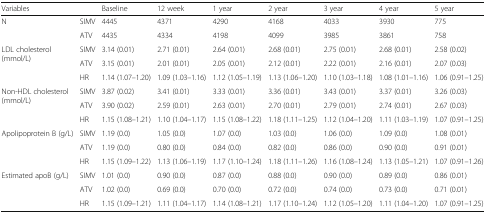
<table><thead><tr><td><b>Variables</b></td><td></td><td><b>Baseline</b></td><td><b>12 week</b></td><td><b>1 year</b></td><td><b>2 year</b></td><td><b>3 year</b></td><td><b>4 year</b></td><td><b>5 year</b></td></tr></thead><tbody><tr><td rowspan="2">N</td><td>SIMV</td><td>4445</td><td>4371</td><td>4290</td><td>4168</td><td>4033</td><td>3930</td><td>775</td></tr><tr><td>ATV</td><td>4435</td><td>4334</td><td>4198</td><td>4099</td><td>3985</td><td>3861</td><td>758</td></tr><tr><td rowspan="3">LDL cholesterol (mmol/L)</td><td>SIMV</td><td>3.14 (0.01)</td><td>2.71 (0.01)</td><td>2.64 (0.01)</td><td>2.68 (0.01)</td><td>2.75 (0.01)</td><td>2.68 (0.01)</td><td>2.58 (0.02)</td></tr><tr><td>ATV</td><td>3.15 (0.01)</td><td>2.01 (0.01)</td><td>2.05 (0.01)</td><td>2.12 (0.01)</td><td>2.22 (0.01)</td><td>2.16 (0.01)</td><td>2.07 (0.03)</td></tr><tr><td>HR</td><td>1.14 (1.07–1.20)</td><td>1.09 (1.03–1.16)</td><td>1.12 (1.05–1.19)</td><td>1.13 (1.06–1.20)</td><td>1.10 (1.03–1.18)</td><td>1.08 (1.01–1.16)</td><td>1.06 (0.91–1.25)</td></tr><tr><td rowspan="3">Non-HDL cholesterol (mmol/L)</td><td>SIMV</td><td>3.87 (0.02)</td><td>3.41 (0.01)</td><td>3.33 (0.01)</td><td>3.36 (0.01)</td><td>3.43 (0.01)</td><td>3.37 (0.01)</td><td>3.26 (0.03)</td></tr><tr><td>ATV</td><td>3.90 (0.02)</td><td>2.59 (0.01)</td><td>2.63 (0.01)</td><td>2.70 (0.01)</td><td>2.79 (0.01)</td><td>2.74 (0.01)</td><td>2.67 (0.03)</td></tr><tr><td>HR</td><td>1.15 (1.08–1.21)</td><td>1.10 (1.04–1.17)</td><td>1.15 (1.08–1.22)</td><td>1.18 (1.11–1.25)</td><td>1.12 (1.04–1.20)</td><td>1.11 (1.03–1.19)</td><td>1.07 (0.91–1.25)</td></tr><tr><td rowspan="3">Apolipoprotein B (g/L)</td><td>SIMV</td><td>1.19 (0.0)</td><td>1.05 (0.0)</td><td>1.07 (0.0)</td><td>1.03 (0.0)</td><td>1.06 (0.0)</td><td>1.09 (0.0)</td><td>1.08 (0.01)</td></tr><tr><td>ATV</td><td>1.19 (0.0)</td><td>0.80 (0.0)</td><td>0.84 (0.0)</td><td>0.82 (0.0)</td><td>0.86 (0.0)</td><td>0.90 (0.0)</td><td>0.91 (0.01)</td></tr><tr><td>HR</td><td>1.15 (1.09–1.22)</td><td>1.13 (1.06–1.19)</td><td>1.17 (1.10–1.24)</td><td>1.18 (1.11–1.26)</td><td>1.16 (1.08–1.24)</td><td>1.13 (1.05–1.21)</td><td>1.07 (0.91–1.26)</td></tr><tr><td rowspan="3">Estimated apoB (g/L)</td><td>SIMV</td><td>1.01 (0.0)</td><td>0.90 (0.0)</td><td>0.87 (0.0)</td><td>0.88 (0.0)</td><td>0.90 (0.0)</td><td>0.89 (0.0)</td><td>0.86 (0.01)</td></tr><tr><td>ATV</td><td>1.02 (0.0)</td><td>0.69 (0.0)</td><td>0.70 (0.0)</td><td>0.72 (0.0)</td><td>0.74 (0.0)</td><td>0.73 (0.0)</td><td>0.71 (0.01)</td></tr><tr><td>HR</td><td>1.15 (1.09–1.21)</td><td>1.11 (1.04–1.17)</td><td>1.14 (1.08–1.21)</td><td>1.17 (1.10–1.24)</td><td>1.12 (1.05–1.20)</td><td>1.11 (1.04–1.20)</td><td>1.07 (0.91–1.25)</td></tr></tbody></table>